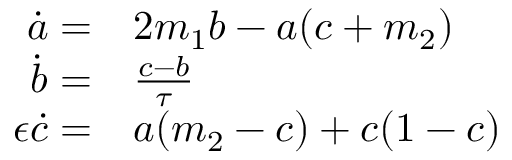
\begin{array} { r l } { \dot { a } = } & { { } 2 m _ { 1 } b - a ( c + m _ { 2 } ) } \\ { \dot { b } = } & { { } \frac { c - b } { \tau } } \\ { \epsilon \dot { c } = } & { { } a ( m _ { 2 } - c ) + c ( 1 - c ) } \end{array}